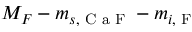
M _ { F } - m _ { s , \textrm { C a F } } - m _ { i , \textrm { F } }